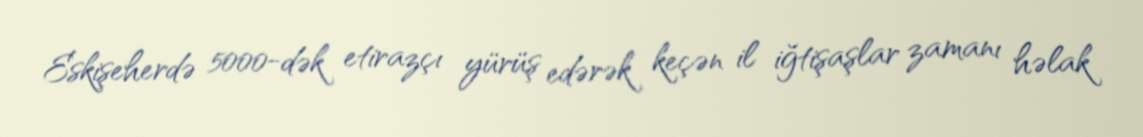
Eskişeherdə 5000-dək etirazçı yürüş edərək keçən il iğtişaşlar zamanı həlak